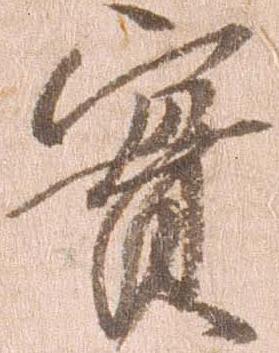
実